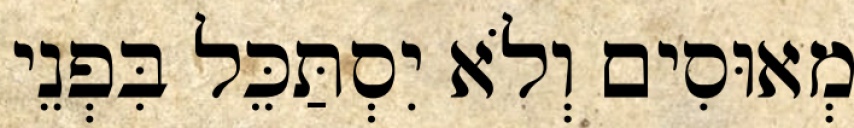
מְאוּסִים וְלֹא יִסְתַּכֵּל בִּפְנֵי